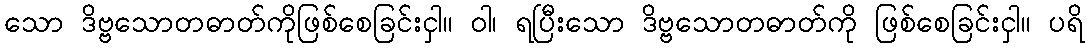
သော ဒိဗ္ဗသောတဓာတ်ကိုဖြစ်စေခြင်းငှါ။ ဝါ၊ ရပြီးသော ဒိဗ္ဗသောတဓာတ်ကို ဖြစ်စေခြင်းငှါ။ ပရိ